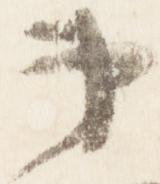
第